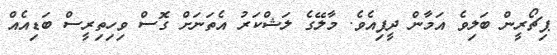
ޕިޗޯރީން ބަލިވެ އަމާން ދީފިއެވެ. މާލޭގެ ލަޝްކަރު އެތަނަށް ގޮސް ވިހިތިރީސް ބަޑިއެއް